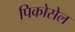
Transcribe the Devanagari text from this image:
पिकोसेल